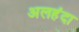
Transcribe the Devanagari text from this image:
अलहंदा